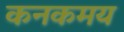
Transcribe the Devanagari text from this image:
कनकमय